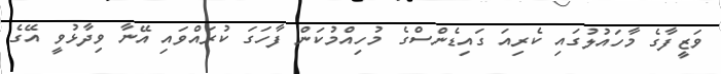
ވަޒީފާގެ މާހައުލުގައި ކެރިއަ ގަައިޑެންސްގެ މުހިއްމުކަން ފާހަގަ ކުރައްވައި އޭނާ ވިދާޅުވީ އޭގެ